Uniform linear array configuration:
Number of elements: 4
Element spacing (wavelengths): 1
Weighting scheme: exponential
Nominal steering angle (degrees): -30
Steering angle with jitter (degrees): -28.288
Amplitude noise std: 0.05
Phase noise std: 0.05

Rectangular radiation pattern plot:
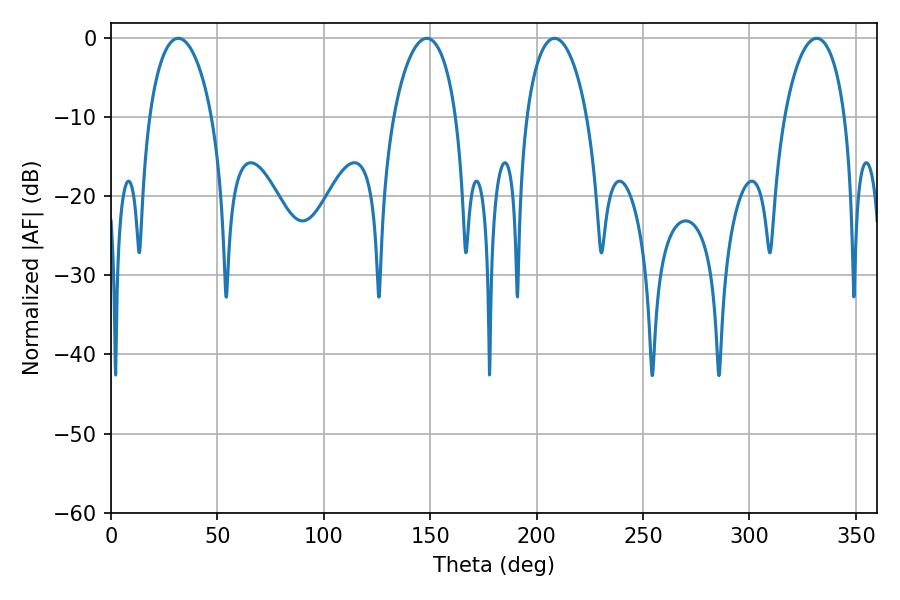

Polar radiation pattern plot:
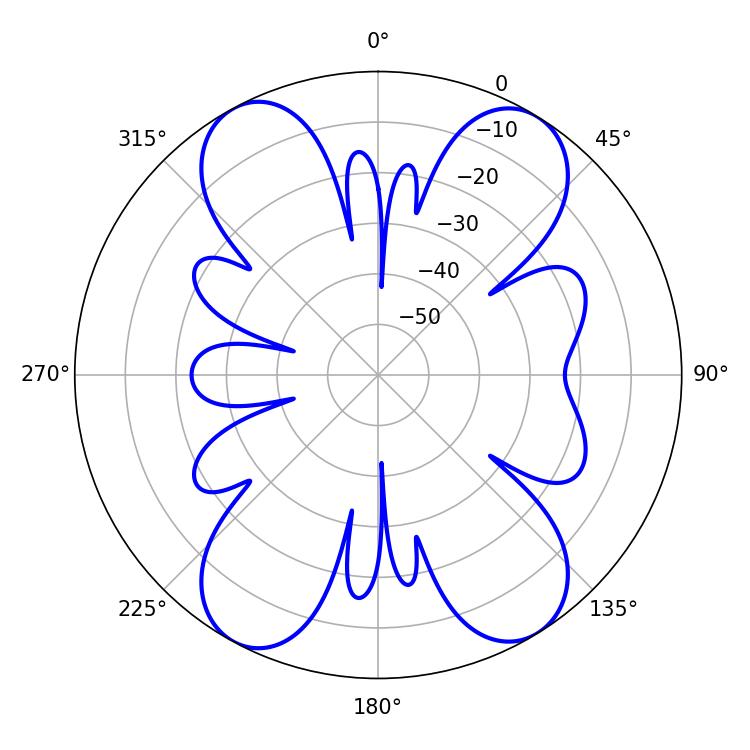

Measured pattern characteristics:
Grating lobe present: TRUE
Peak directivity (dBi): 16.208
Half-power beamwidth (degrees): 16.2
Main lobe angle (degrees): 208.44